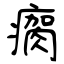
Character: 瘸